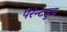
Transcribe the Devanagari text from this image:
पेरेन्टहुड